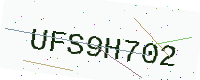
Text: UFS9H702